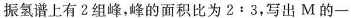
振氢谱上有2组峰，峰的面积比为2:3，写出M的一